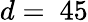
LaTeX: d=~45